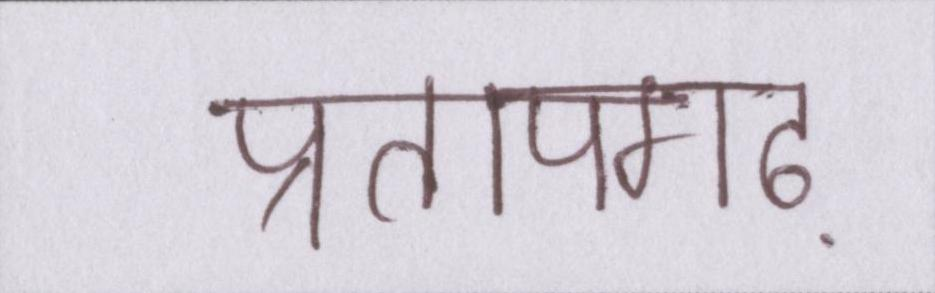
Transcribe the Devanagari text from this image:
प्रतापगढ़